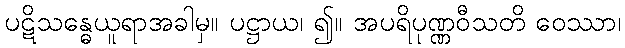
ပဋိသန္ဓေယူရာအခါမှ။ ပဋ္ဌာယ၊ ၍။ အပရိပုဏ္ဏဝီသတိ ဝေဿာ၊